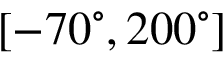
[ - 7 0 ^ { \circ } , 2 0 0 ^ { \circ } ]